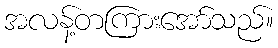
အလန့်တကြားအော်သည်။